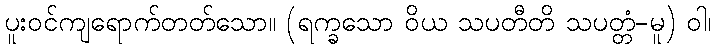
ပူးဝင်ကျရောက်တတ်သော။ (ရက္ခသော ဝိယ သပတီတိ သပတ္တံ-မူ) ဝါ၊